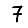
Digit: 7